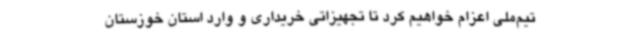
تیم‌ملی اعزام خواهیم کرد تا تجهیزاتی خریداری و وارد استان خوزستان